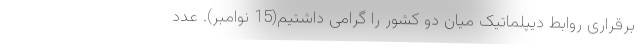
برقراری روابط دیپلماتیک میان دو کشور را گرامی داشتیم(15 نوامبر). عدد